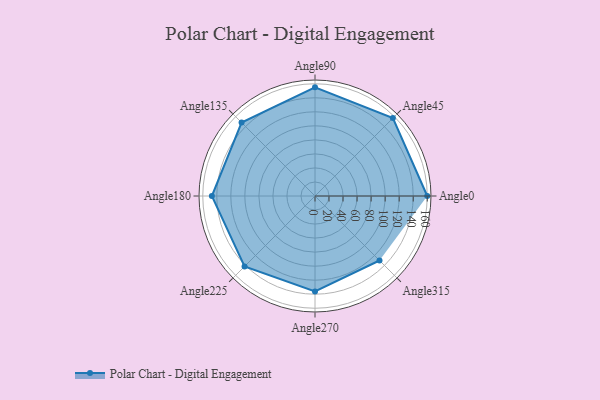
{"axis": {"x": "Angle", "y": "Radius"}, "legend": [""], "data": [{"x": "Angle0", "y": 160.0, "type": ""}, {"x": "Angle45", "y": 157.0, "type": ""}, {"x": "Angle90", "y": 155.0, "type": ""}, {"x": "Angle135", "y": 148.0, "type": ""}, {"x": "Angle180", "y": 147.0, "type": ""}, {"x": "Angle225", "y": 142.0, "type": ""}, {"x": "Angle270", "y": 136.0, "type": ""}, {"x": "Angle315", "y": 130.0, "type": ""}]}